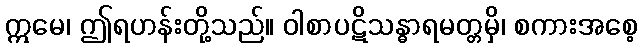
ဣမေ၊ ဤရဟန်းတို့သည်။ ဝါစာပဋိသန္ဓာရမတ္တမှိ၊ စကားအစေ့